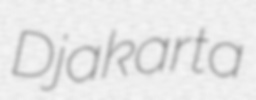
Djakarta